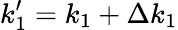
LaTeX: k_{1}^{\prime}=k_{1}+\Delta k_{1}